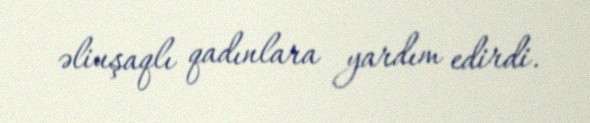
əliuşaqlı qadınlara yardım edirdi.